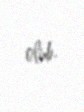
olub.